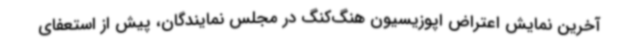
آخرین نمایش اعتراض اپوزیسیون هنگ‌کنگ در مجلس نمایندگان، پیش از استعفای